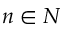
n \in N